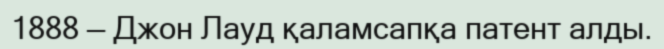
1888 — Джон Лауд қаламсапқа патент алды.